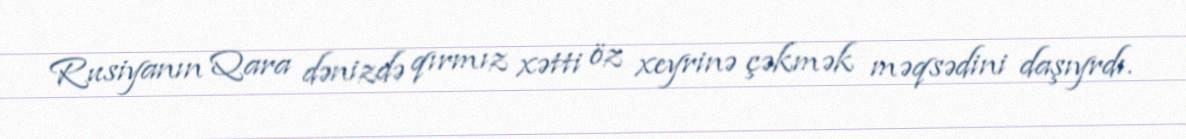
Rusiyanın Qara dənizdə qırmız xətti öz xeyrinə çəkmək məqsədini daşıyrdı.